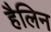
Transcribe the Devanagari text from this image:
हैलिन